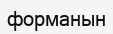
форманын